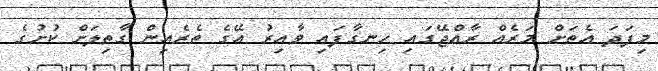
މިފަދަ އެތަށް މަރެއް ރާއްޖޭގައި ހިނގާފައި ވާއިރު އޭގެ ތެރެއިން ގާތިލަށް ކުށުގެ